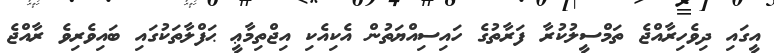
އީގައި ދިވެހިރާއްޖެ ތަމްސީލުކުރާ ފަރާތުގެ ހައިސިއްޔަތުން އެކިއެކި އިޖްތިމާޢީ ޙަފްލާތަކުގައި ބައިވެރިވެ ރާއްޖެ